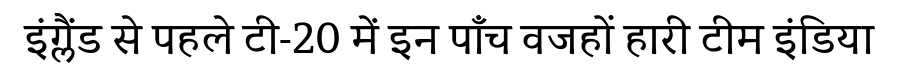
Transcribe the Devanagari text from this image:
इंग्लैंड से पहले टी-20 में इन पाँच वजहों हारी टीम इंडिया